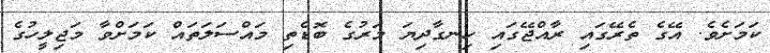
ކަމަށެވެ. އޭގެ ތެރޭގައި ރާއްޖޭގައި ހިނގާދިޔަ މަރުގެ ބޮޑެތި މައްސަލަތައް ކަމަށްވާ މަޖިލީހުގެ